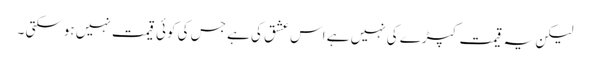
لیکن یہ قیمت کپڑے کی نہیں ہے اس عشق کی ہے جس کی کوئی قیمت نہیں ہوسکتی ۔